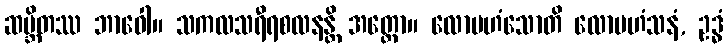
ဆမ္ဘိတဿ ဘာဝေါ။ သကလသရီရစလနန္တိ အတ္ထော။ လောမဟံသောတိ လောမဟံသနံ, ဥဒ္ဓံ